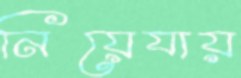
নিয়েযায়